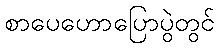
စာပေဟောပြောပွဲတွင်